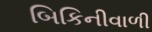
બિકિનીવાળી